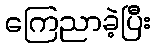
ကြေညာခဲ့ပြီး